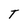
Character: T